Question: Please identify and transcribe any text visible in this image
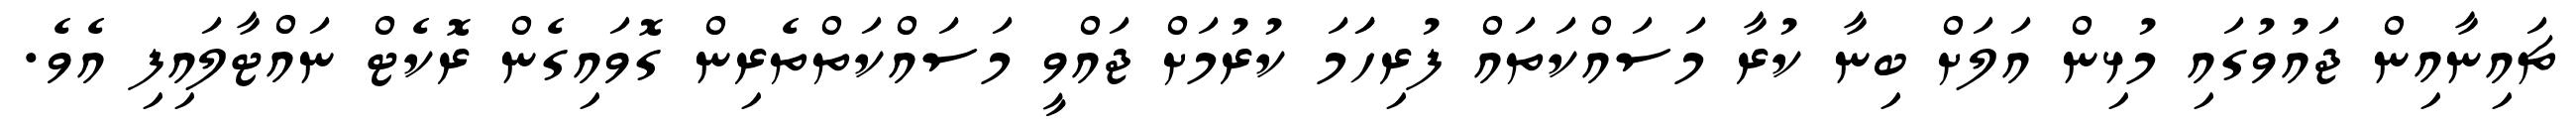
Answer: ޗައިނާއިން ޖައުވުގައި މުޅިން އަލަށް ބިނާ ކުރާ މަސައްކަތައް ފުރިހަަމަ ކުރުމަށް ޖައްވީ މަސައްކަތްތެރިން ގޮވައިގެން ރޮކެޓް ނައްޓާލައިފި އެވެ.